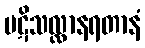
ပဋိသလ္လာနရတာနံ